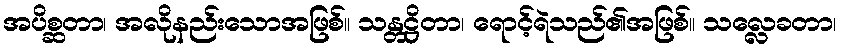
အပိစ္ဆတာ၊ အလိုနည်းသောအဖြစ်။ သန္တဋ္ဌိတာ၊ ရောင့်ရဲသည်၏အဖြစ်။ သလ္လေခတာ၊